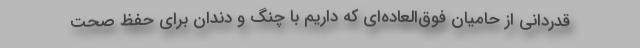
قدردانی از حامیان فوق‌العاده‌ای که داریم با چنگ و دندان برای حفظ صحت